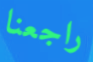
راجعنا